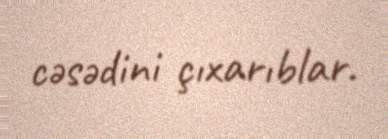
cəsədini çıxarıblar.